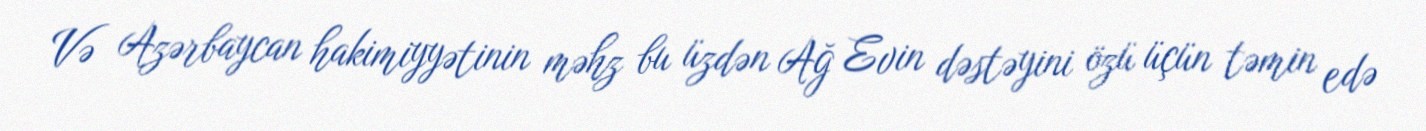
Və Azərbaycan hakimiyyətinin məhz bu üzdən Ağ Evin dəstəyini özü üçün təmin edə